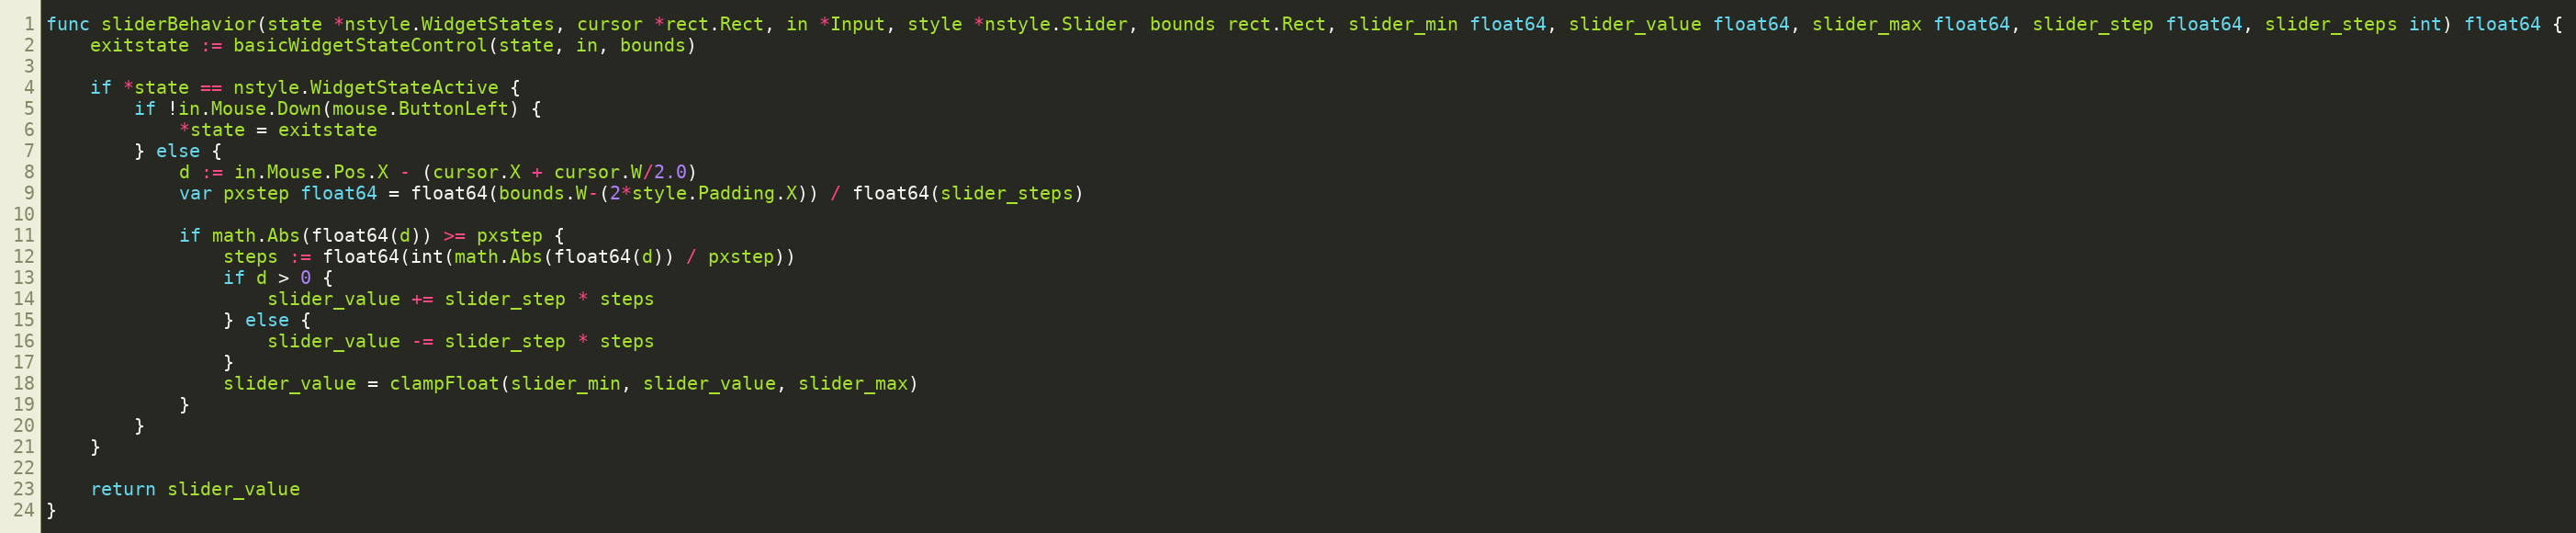
Language: Go
func sliderBehavior(state *nstyle.WidgetStates, cursor *rect.Rect, in *Input, style *nstyle.Slider, bounds rect.Rect, slider_min float64, slider_value float64, slider_max float64, slider_step float64, slider_steps int) float64 {
	exitstate := basicWidgetStateControl(state, in, bounds)

	if *state == nstyle.WidgetStateActive {
		if !in.Mouse.Down(mouse.ButtonLeft) {
			*state = exitstate
		} else {
			d := in.Mouse.Pos.X - (cursor.X + cursor.W/2.0)
			var pxstep float64 = float64(bounds.W-(2*style.Padding.X)) / float64(slider_steps)

			if math.Abs(float64(d)) >= pxstep {
				steps := float64(int(math.Abs(float64(d)) / pxstep))
				if d > 0 {
					slider_value += slider_step * steps
				} else {
					slider_value -= slider_step * steps
				}
				slider_value = clampFloat(slider_min, slider_value, slider_max)
			}
		}
	}

	return slider_value
}